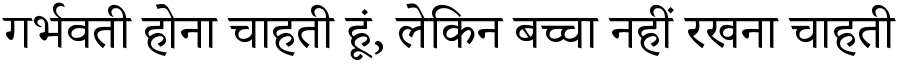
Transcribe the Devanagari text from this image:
गर्भवती होना चाहती हूं, लेकिन बच्चा नहीं रखना चाहती